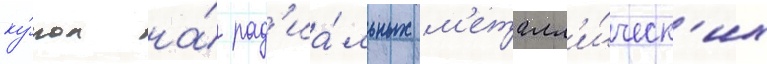
ку́пол на́ рад'иа́льных м'еталл'и́ческ'их